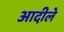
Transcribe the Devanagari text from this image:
आदीले